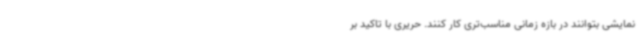
نمایشی بتوانند در بازه زمانی مناسب‌تری کار کنند. حریری با تاکید بر